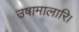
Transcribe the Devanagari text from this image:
उषामालारि।